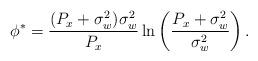
LaTeX: \begin{align*}\phi^{\ast} = \frac{(P_x + \sigma_w^2) \sigma_w^2}{P_x} \ln \left(\frac{P_x + \sigma_w^2}{\sigma_w^2}\right).\end{align*}